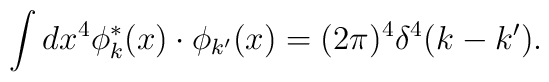
\int dx^4 \phi^\ast_k(x)\cdot\phi_{k'}(x)=(2\pi)^4\delta^4(k-k').